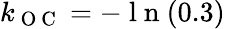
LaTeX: k_{\mathrm{~O~C~}}=-\mathrm{~l~n~}(0.3)